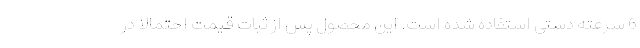
6 سرعته دستی استفاده شده است. این محصول پس از ثبات قیمت احتمالا در